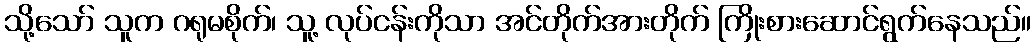
သို့သော် သူက ဂရုမစိုက်၊ သူ့ လုပ်ငန်းကိုသာ အင်တိုက်အားတိုက် ကြိုးစားဆောင်ရွက်နေသည်။